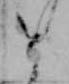
と